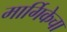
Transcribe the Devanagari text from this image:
मार्गिकेचा